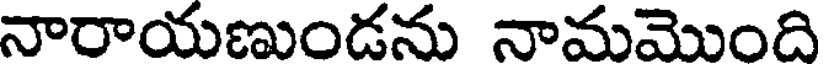
నారాయణుండను నామమొంది